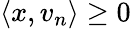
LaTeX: \langle x,v_{n}\rangle\geq 0